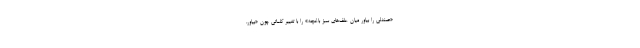
«صندلی را بیاور میان علف‌های سبز باغچه» را با تغییر کلماتی چون «بیاور،